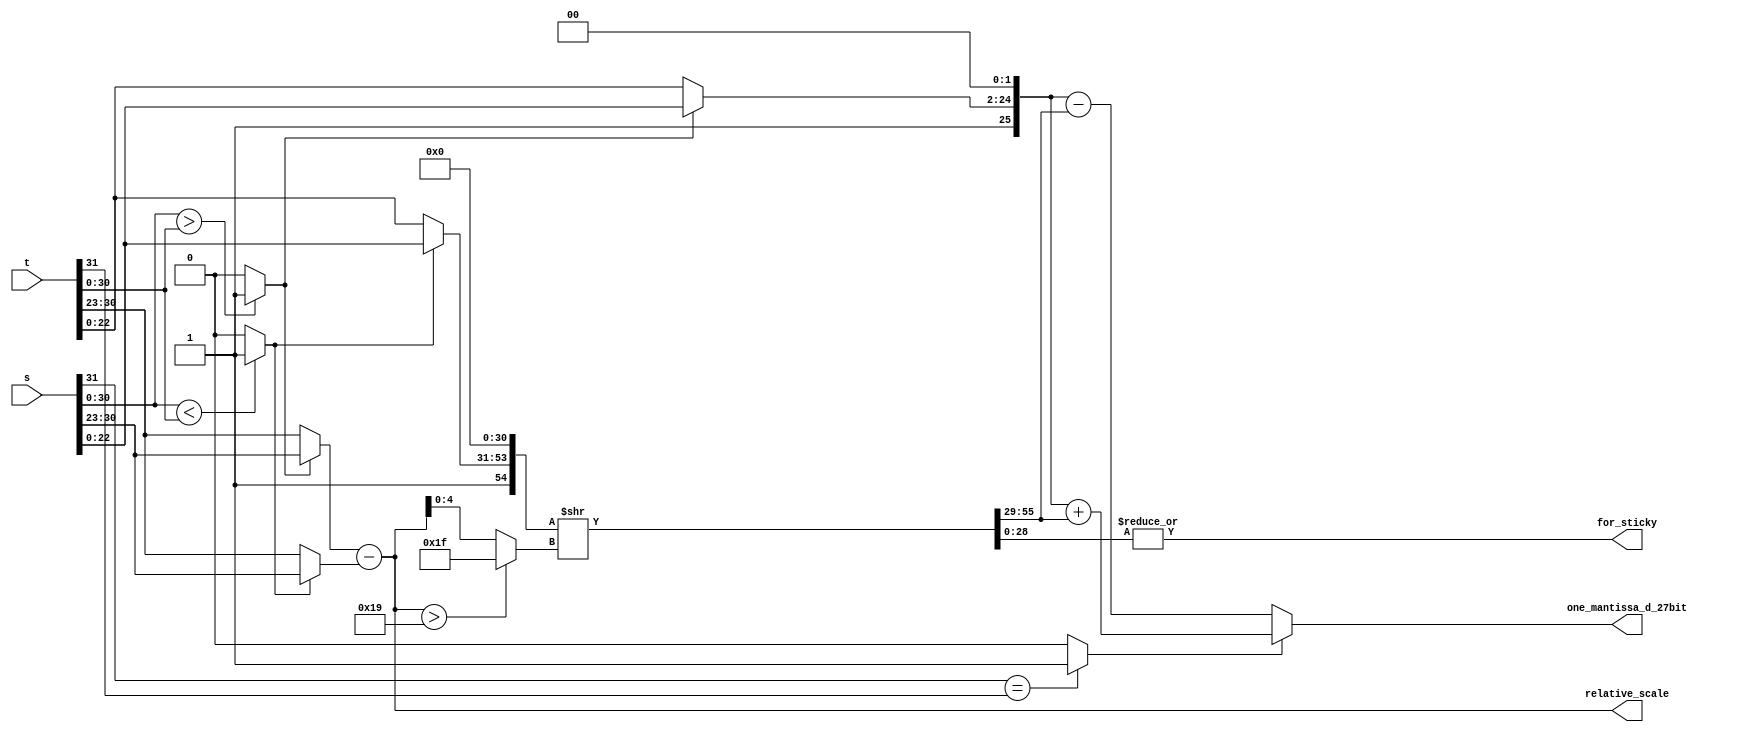
module fadd_stage1(
  input wire [31:0] s,
  input wire [31:0] t,
  output wire [26:0] one_mantissa_d_27bit,
  output wire [7:0] relative_scale,
  output wire for_sticky
);

// 1bit8bit23bit
wire [0:0] sign_s, sign_t, sign_d;
wire [7:0] exponent_s, exponent_t, exponent_d;
wire [22:0] mantissa_s, mantissa_t, mantissa_d;

assign sign_s = s[31:31];
assign sign_t = t[31:31];
assign exponent_s = s[30:23];
assign exponent_t = t[30:23];
assign mantissa_s = s[22:0];
assign mantissa_t = t[22:0];

// st
wire s_greater_than_t, s_less_than_t;
assign s_greater_than_t = ({exponent_s, mantissa_s} > {exponent_t, mantissa_t}) ? 1 : 0;
assign s_less_than_t = ({exponent_s, mantissa_s} < {exponent_t, mantissa_t}) ? 1 : 0;

// 
wire is_add, is_sub;
assign is_add = sign_s == sign_t ? 1 : 0;
assign is_sub = sign_s != sign_t ? 1 : 0;

// stgreaterless
wire [0:0] sign_g, sign_l;
wire [7:0] exponent_g, exponent_l;
wire [22:0] mantissa_g, mantissa_l;

assign sign_g = s_greater_than_t ? sign_s : sign_t;
assign sign_l = s_less_than_t ? sign_s : sign_t;
assign exponent_g = s_greater_than_t ? exponent_s : exponent_t;
assign exponent_l = s_less_than_t ? exponent_s : exponent_t;
assign mantissa_g = s_greater_than_t ? mantissa_s : mantissa_t;
assign mantissa_l = s_less_than_t ? mantissa_s : mantissa_t;


// NOTE: 
// wire s_is_denormalized, t_is_denormalized;
// wire g_is_denormalized, l_is_denormalized;
// assign s_is_denormalized =
//     exponent_s == 8'd0;
// assign t_is_denormalized =
//     exponent_t == 8'd0;
// assign g_is_denormalized =
//     exponent_g == 8'd0;
// assign l_is_denormalized =
//     exponent_l == 8'd0;

// NOTE: 
wire [7:0] one_exponent_s, one_exponent_t;
wire [7:0] one_exponent_g, one_exponent_l;
assign one_exponent_g =
    // g_is_denormalized ? exponent_g + 8'b1 : 
    exponent_g;
assign one_exponent_l =
    // l_is_denormalized ? exponent_l + 8'b1 :
    exponent_l;

// Add1
// carry + 1. + mantissa
wire [24:0] one_mantissa_g, one_mantissa_l;
assign one_mantissa_g = 
    {2'b01, mantissa_g};
    // g_is_denormalized ? {2'b00, mantissa_g} : {2'b01, mantissa_g};
assign one_mantissa_l = 
    {2'b01, mantissa_l};
    // l_is_denormalized ? {2'b00, mantissa_l} : {2'b01, mantissa_l};

// one_mantissa_l
// 27bit(25bitulpguard bit)round bit
// carry + 1. + mantissa + 31bit
// 31bitguard bitround bitsticky bit

wire [4:0] pre_shift;
wire [55:0] one_mantissa_g_56bit, one_mantissa_l_56bit, one_mantissa_d_56bit;

assign relative_scale = one_exponent_g - one_exponent_l;
assign pre_shift =  (relative_scale > 8'b00011001) ? 5'b11111 : relative_scale[4:0];

assign one_mantissa_g_56bit = {one_mantissa_g, 31'b0};
assign one_mantissa_l_56bit = {one_mantissa_l, 31'b0} >> pre_shift;

// Add
// carry
// ulp, guard bit, round bit
// carry + 1. + mantissa + 31bit

wire [26:0] one_mantissa_g_27bit, one_mantissa_l_27bit;

assign one_mantissa_g_27bit = one_mantissa_g_56bit[55:29];
assign one_mantissa_l_27bit = one_mantissa_l_56bit[55:29];
assign one_mantissa_d_27bit =
  is_add ? one_mantissa_g_27bit + one_mantissa_l_27bit : one_mantissa_g_27bit - one_mantissa_l_27bit;

assign for_sticky = |(one_mantissa_l_56bit[28:0]);

endmodule


module fadd_stage2(
  input wire [31:0] s,
  input wire [31:0] t,
  input wire [26:0] one_mantissa_d_27bit,
  input wire [7:0] relative_scale,
  input wire for_sticky,
  output wire [31:0] d
);

// 1bit8bit23bit
wire [0:0] sign_s, sign_t, sign_d;
wire [7:0] exponent_s, exponent_t, exponent_d;
wire [22:0] mantissa_s, mantissa_t, mantissa_d;

assign sign_s = s[31:31];
assign sign_t = t[31:31];
assign exponent_s = s[30:23];
assign exponent_t = t[30:23];
assign mantissa_s = s[22:0];
assign mantissa_t = t[22:0];

// st
wire s_greater_than_t, s_less_than_t;
assign s_greater_than_t = ({exponent_s, mantissa_s} > {exponent_t, mantissa_t}) ? 1 : 0;
assign s_less_than_t = ({exponent_s, mantissa_s} < {exponent_t, mantissa_t}) ? 1 : 0;

// 
wire is_add, is_sub;
assign is_add = sign_s == sign_t ? 1 : 0;
assign is_sub = sign_s != sign_t ? 1 : 0;

// stgreaterless
wire [0:0] sign_g, sign_l;
wire [7:0] exponent_g, exponent_l;
wire [22:0] mantissa_g, mantissa_l;

assign sign_g = s_greater_than_t ? sign_s : sign_t;
assign sign_l = s_less_than_t ? sign_s : sign_t;
assign exponent_g = s_greater_than_t ? exponent_s : exponent_t;
assign exponent_l = s_less_than_t ? exponent_s : exponent_t;
assign mantissa_g = s_greater_than_t ? mantissa_s : mantissa_t;
assign mantissa_l = s_less_than_t ? mantissa_s : mantissa_t;

// NOTE: 
wire [7:0] one_exponent_s, one_exponent_t;
wire [7:0] one_exponent_g, one_exponent_l;
assign one_exponent_g =
    // g_is_denormalized ? exponent_g + 8'b1 : 
    exponent_g;
assign one_exponent_l =
    // l_is_denormalized ? exponent_l + 8'b1 :
    exponent_l;

// 
wire shift_right;
wire [4:0] shift_left, shift;
wire [55:0] one_mantissa_d_scaled;
wire [22:0] mantissa_d_scaled;

// 
wire carry;
wire ulp, guard, round, sticky, flag;

// 1
// 0<<
assign carry = one_mantissa_d_27bit[26:26];
assign shift_right = carry;
assign shift = 
    (one_mantissa_d_27bit[25:25] == 1'b1) ? 0 :
    (one_mantissa_d_27bit[24:24] == 1'b1) ? 1 :
    (one_mantissa_d_27bit[23:23] == 1'b1) ? 2 :
    (one_mantissa_d_27bit[22:22] == 1'b1) ? 3 :
    (one_mantissa_d_27bit[21:21] == 1'b1) ? 4 :
    (one_mantissa_d_27bit[20:20] == 1'b1) ? 5 :
    (one_mantissa_d_27bit[19:19] == 1'b1) ? 6 :
    (one_mantissa_d_27bit[18:18] == 1'b1) ? 7 :
    (one_mantissa_d_27bit[17:17] == 1'b1) ? 8 :
    (one_mantissa_d_27bit[16:16] == 1'b1) ? 9 :
    (one_mantissa_d_27bit[15:15] == 1'b1) ? 10 :
    (one_mantissa_d_27bit[14:14] == 1'b1) ? 11 :
    (one_mantissa_d_27bit[13:13] == 1'b1) ? 12 :
    (one_mantissa_d_27bit[12:12] == 1'b1) ? 13 :
    (one_mantissa_d_27bit[11:11] == 1'b1) ? 14 :
    (one_mantissa_d_27bit[10:10] == 1'b1) ? 15 :
    (one_mantissa_d_27bit[9:9] == 1'b1) ? 16 :
    (one_mantissa_d_27bit[8:8] == 1'b1) ? 17 :
    (one_mantissa_d_27bit[7:7] == 1'b1) ? 18 :
    (one_mantissa_d_27bit[6:6] == 1'b1) ? 19 :
    (one_mantissa_d_27bit[5:5] == 1'b1) ? 20 :
    (one_mantissa_d_27bit[4:4] == 1'b1) ? 21 :
    (one_mantissa_d_27bit[3:3] == 1'b1) ? 22 :
    (one_mantissa_d_27bit[2:2] == 1'b1) ? 23 :
    (one_mantissa_d_27bit[1:1] == 1'b1) ? 24 :
    (one_mantissa_d_27bit[0:0] == 1'b1) ? 25 : 26;

assign shift_left =
    shift >= one_exponent_g ? one_exponent_g - 8'd1 : shift;

wire [55:0] d_concat_l;
wire [55:0] d_concat_l_shift;
wire [55:0] one_mantissa_d_56bit;
// FIXME:
assign d_concat_l =
  { one_mantissa_d_27bit, 29'd0 };
  // { one_mantissa_d_27bit, one_mantissa_l_56bit[28:0] };

  // is_add ? 
  //   { one_mantissa_d_27bit, one_mantissa_l_56bit[28:0] } :
  //   { one_mantissa_d_27bit, 29'd0 };

assign d_concat_l_shift =
  is_add ? d_concat_l >> shift_right : d_concat_l << shift_left;

assign one_mantissa_d_56bit = d_concat_l_shift;

assign one_mantissa_d_scaled =
    one_mantissa_d_56bit[53:31];

// DEBUG:
// assign g_56 = one_mantissa_g_56bit;
// assign l_56 = one_mantissa_l_56bit;
// assign d_27 = one_mantissa_d_27bit;
// assign d_56 = one_mantissa_d_56bit;
// assign scale = one_mantissa_d_scaled;

// 56bit
// 28bit1(bit)

// 
// NOTE:
// G and (ulp or R or (sticky and is_add)) 
wire [23:0] mantissa_d_rounded; // carry + 23bit
wire carry_round;

assign ulp = one_mantissa_d_56bit[31:31];
assign guard = one_mantissa_d_56bit[30:30];
assign round = one_mantissa_d_56bit[29:29];
// assign ulp = one_mantissa_d_27bit[2:2];
// assign guard = one_mantissa_d_27bit[1:1];
// assign round = one_mantissa_d_27bit[0:0];
// assign sticky = |(one_mantissa_d_56bit[28:0]) || (carry && round);
// NOTE: carry=1shiftbit
assign sticky = for_sticky || (carry && one_mantissa_d_27bit[0:0]);

assign flag =
    (ulp && guard && (~round) && (~sticky)) ||
    (guard && (~round) && sticky && (sign_s == sign_t)) ||
    (guard && round);
assign mantissa_d_rounded = {1'b0,one_mantissa_d_scaled} + {23'b0, flag};

assign carry_round = mantissa_d_rounded[23:23];

// NOTE: 
// IEEE 754
// exp = 0, man = 0 -> zero (probably included in denormalized)
// exp = 0, man = not 0 -> denormalized (very small)
// exp = 255, man = 0 -> inf
// exp = 255, man = not 0 -> NaN

// inf + inf = inf (as is negative case)
// inf - inf = NaN
// Nan +/- * = NaN (as is the reverse)

// 
assign sign_d = sign_g;

// 
assign exponent_d =
is_add ? 
    one_exponent_g + {7'b0, shift_right} + {7'b0, carry_round}
:
    one_exponent_g - {3'b0, shift_left} + {7'b0, carry_round};

assign mantissa_d = mantissa_d_rounded[22:0];

wire s_is_nan;
assign s_is_nan =
    exponent_s == 8'd255 && mantissa_s != 8'd0;
wire t_is_nan;
assign t_is_nan =
    exponent_t == 8'd255 && mantissa_t != 8'd0;
wire s_is_inf;
assign s_is_inf =
    exponent_s == 8'd255 && mantissa_s == 8'd0;
wire t_is_inf;
assign t_is_inf =
    exponent_t == 8'd255 && mantissa_t == 8'd0;
wire d_is_inf;
assign d_is_inf =
    exponent_d == 8'd255 && carry == 1'b1;
wire s_is_zero;
assign s_is_zero =
    exponent_s == 8'd0 && mantissa_s == 8'd0;
wire t_is_zero;
assign t_is_zero =
    exponent_t == 8'd0 && mantissa_t == 8'd0;

wire d_is_s, d_is_t, d_is_zero;
assign d_is_s =
    t_is_zero || (s_greater_than_t && relative_scale > 8'b00011000);
assign d_is_t =
    s_is_zero || (s_less_than_t && relative_scale > 8'b00011000);
assign d_is_zero =
    (sign_s != sign_t) && (exponent_s == exponent_t) && (mantissa_s == mantissa_t);

// NOTE: shift_left
// NOTE:
// 1shift
// 0

wire d_is_denormalized;
assign d_is_denormalized = 
    ~is_add && (shift_left < shift);

// FIXME: ()
wire [45:0] tmp1, tmp2, tmp3;
wire [22:0] tmp4;
assign tmp1 = {23'b0, mantissa_d} << (exponent_d - 8'b1);
assign tmp2 = is_add ? tmp1 - {23'b1, 23'b0} : tmp1 + {23'b1, 23'b0};
assign tmp3 = tmp2 >> (exponent_d - 8'b1);
assign tmp4 = tmp3[22:0];

assign d = 
    t_is_nan ? {sign_t, 8'd255, mantissa_t} :
    s_is_nan ? {sign_s, 8'd255, mantissa_s} :
    s_is_inf && t_is_inf ? (sign_s == sign_t ? {sign_s, 8'd255, 23'd0} : {1'b0, 8'd255, 1'b1, 22'd0}) :
    s_is_inf ? {sign_s, 8'd255, 23'd0} :
    t_is_inf ? {sign_t, 8'd255, 23'd0} :
    // NOTE: not inf + not inf = inf    
    d_is_inf ? {sign_d, 8'd255, 23'b0} :
    d_is_s ? {sign_s, exponent_s, mantissa_s} :
    d_is_t ? {sign_t, exponent_t, mantissa_t} :
    d_is_zero ? {1'b0, 8'b0, 23'b0} :
    d_is_denormalized ? {sign_d, 8'd0, mantissa_d} :
    {sign_d, exponent_d, mantissa_d};

endmodule

/*
module fadd_stage1(
  input wire [31:0] s,
  input wire [31:0] t,
  output wire [26:0] one_mantissa_d_27bit
);

module fadd_stage2(
  input wire [31:0] s,
  input wire [31:0] t,
  input wire [26:0] one_mantissa_d_27bit
  output wire [31:0] d,
  output wire overflow
);
*/

module fadd(
  input wire clk,
  input wire [31:0] s,
  input wire [31:0] t,
  output wire [31:0] d
);

reg [31:0] s2_reg, t2_reg;
wire sticky1_reg;
reg sticky2_reg;
wire [26:0] mantissa1_reg;
reg [26:0] mantissa2_reg;
wire [7:0] scale1_reg;
reg [7:0] scale2_reg;

fadd_stage1 u1(s, t, mantissa1_reg, scale1_reg, sticky1_reg);
fadd_stage2 u2(s2_reg,t2_reg,mantissa2_reg,scale2_reg,sticky2_reg,d);

always @(posedge clk) begin
  s2_reg <= s;
  t2_reg <= t;
  mantissa2_reg <= mantissa1_reg;
  scale2_reg <= scale1_reg;
  sticky2_reg <= sticky1_reg;
end

endmodule